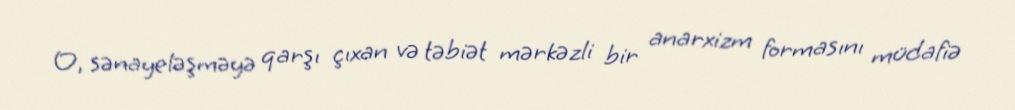
O, sənayeləşməyə qarşı çıxan və təbiət mərkəzli bir anarxizm formasını müdafiə